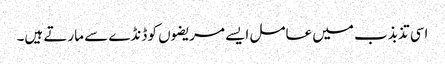
اسی تذبذب میں عامل ایسے مریضوں کو ڈنڈے سے مارتے ہیں۔